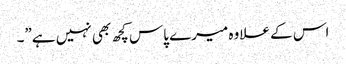
اس کے علاوہ میرے پاس کچھ بھی نہیں ہے”۔